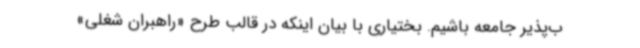
ب‌پذیر جامعه باشیم. بختیاری با بیان اینکه در قالب طرح «راهبران شغلی»